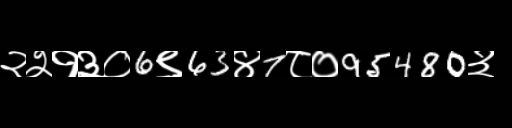
Text: २२१३०6९63४7८०95480३